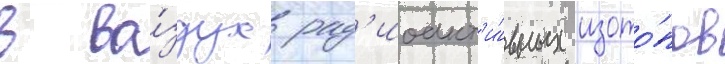
в во́здух рад'иоакт'и́вных изото́пов